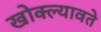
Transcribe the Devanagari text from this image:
खोक्ल्यावते